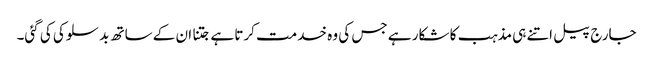
جارج پیل اتنے ہی مذہب کا شکار ہے جس کی وہ خدمت کرتا ہے جتنا ان کے ساتھ بد سلوکی کی گئی۔